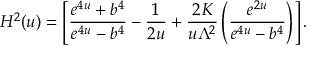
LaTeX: H ^ { 2 } ( u ) = \left[ \frac { e ^ { 4 u } + b ^ { 4 } } { e ^ { 4 u } - b ^ { 4 } } - \frac { 1 } { 2 u } + \frac { 2 K } { u \Lambda ^ { 2 } } \left( \frac { e ^ { 2 u } } { e ^ { 4 u } - b ^ { 4 } } \right) \right] .